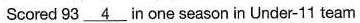
Scored 93 \underline{4} in one seasonin Under-11 team